Report of the Hyderabad Chloroform Commission
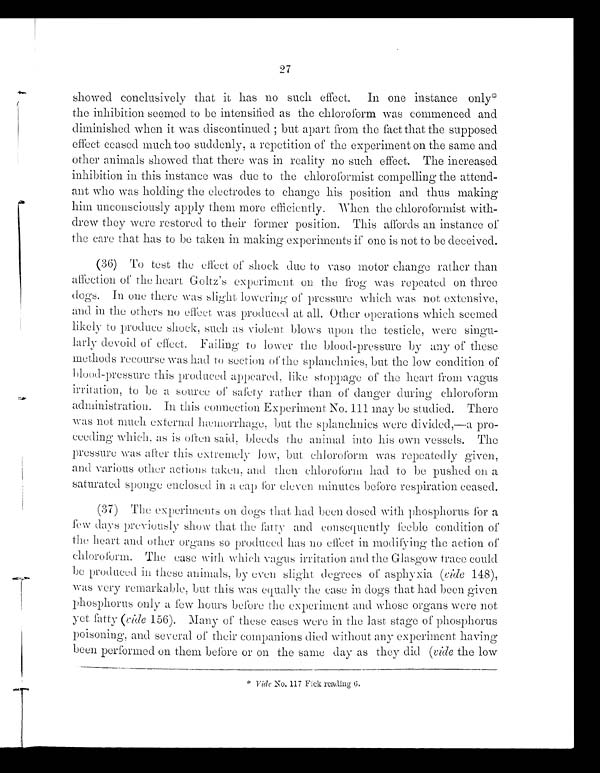
27
showed conclusively that it has no such effect. In one instance only*
the inhibition seemed to be intensified as the chloroform was commenced and
diminished when it was discontinued; but apart from the fact that the supposed
effect ceased much too suddenly, a repetition of the experiment on the same and
other animals showed that there was in reality no such effect. The increased
inhibition in this instance was due to the chloroformist compelling the attend
ant who was holding the electrodes to change his position and thus making
him unconsciously apply them more efficiently. When the chloroformist with
drew they were restored to their former position. This affords an instance of
the care that has to be taken in making experiments if one is not to be deceived.
(36) To test the effect of shock due to vaso motor change rather than
affection of the heart Goltz's experiment, on. the frog was repeated on three
dogs. In one there was slight lowering of pressure which was not extensive,
and in the others no effect was produced at all. Other operations which seemed
likely to produce shock, such as violent blows upon the testicle, were singu
larly devoid of effect. Failing to lower the blood-pressure by any of these
methods recourse was had to section of the splanchnies, but the low condition of
blood-pressure this produced appeared, like stoppage of the heart from vagus
irritation, to be a source of safety rather than of danger during chloroform
administration. In this connection Experiment No. 111 may be studied. There
was not much external hæmorrhage, but the Splanchnics were divided,—a pro
ceeding which, as is often said, bleeds tile animal into his own vessels. The
pressure was after this extremely low, but chloroform was repeatedly given,
and various other actions taken, and then chloroform had to be pushed on a
saturated sponge enclosed in a cap for eleven minutes before respiration ceased.
(37) The experiments on dogs that had been dosed with phosphorus for a
few days previously show that the fatty and consequently feeble condition of
the heart and other organs so produced has no effect in modifying the action of
chloroform. The case with which vagus irritation and the Glasgow trace could
be produced in these animals, by even slight degrees of asphyxia (vide 148),
was very remarkable, but this was equally the case in dogs that had been given
phosphorus only a few hours before the experiment and whose organs were not
yet fatty (vide 156). Many of these cases were in the last stage of phosphorus
poisoning, and several of their companions died without any experiment having
been performed on them before or on the same day as they did ( vide the low
N o , 1 1 7 F i c k r e a d i n g 6 .